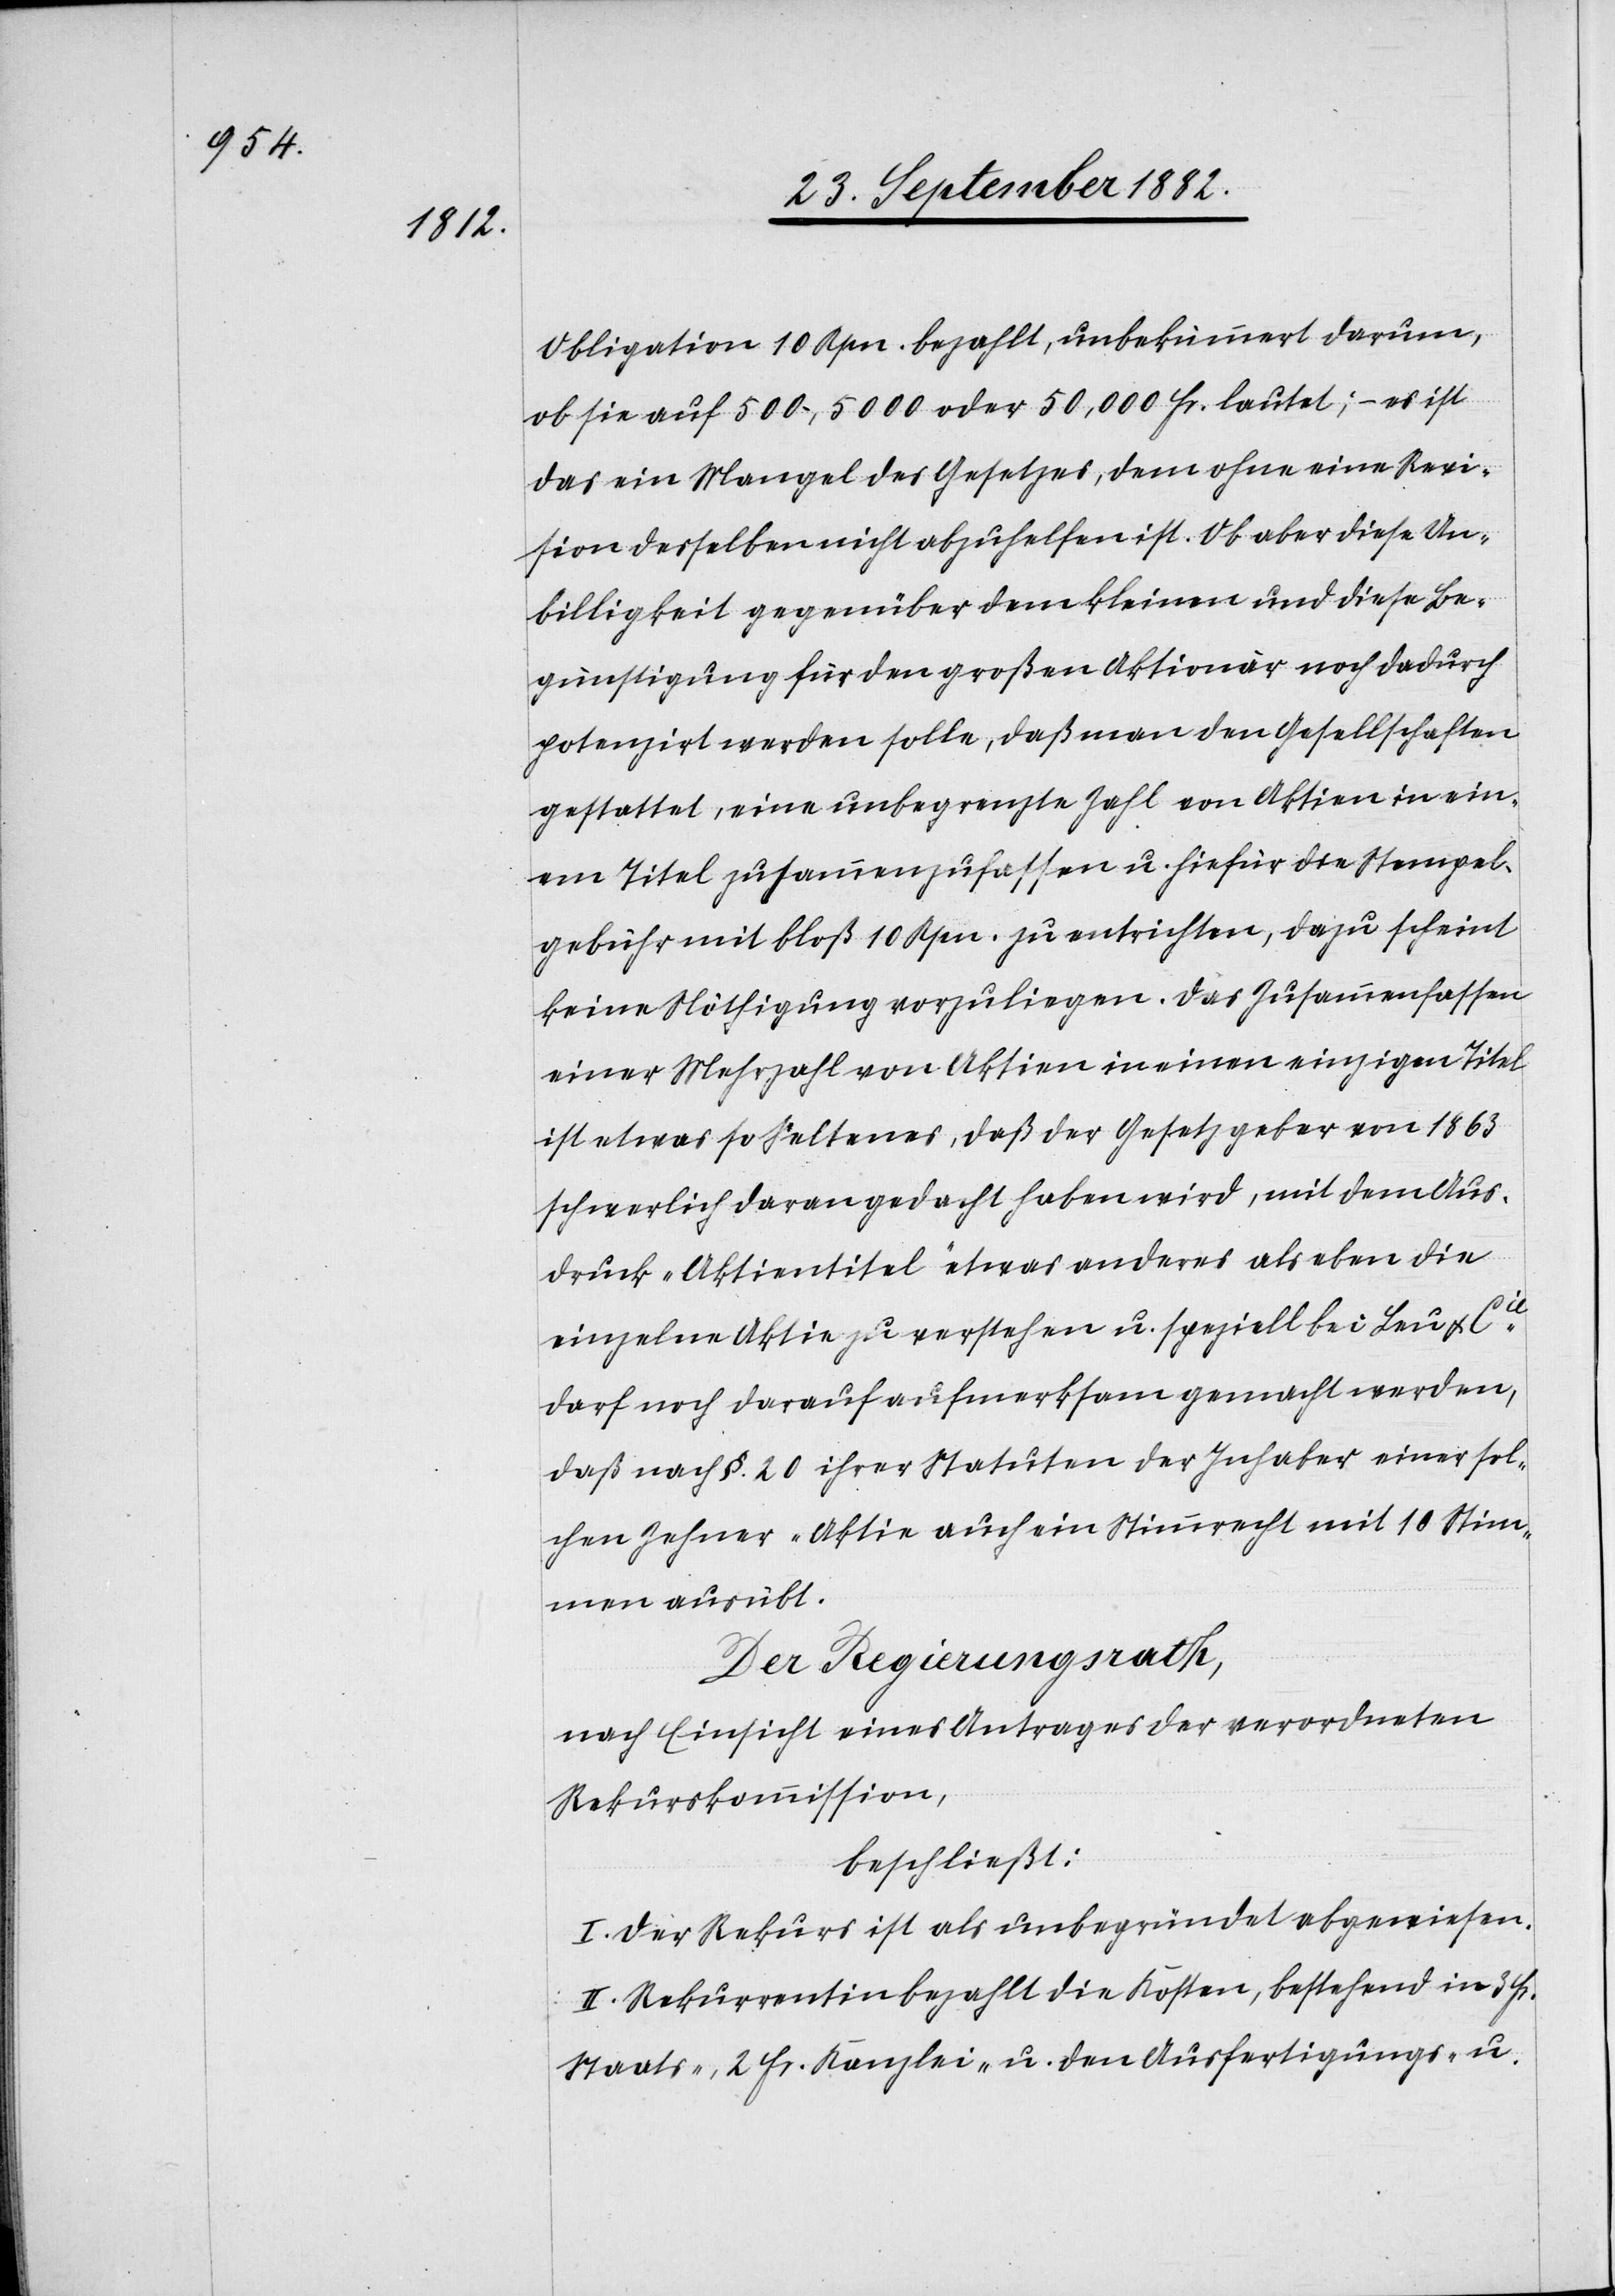
Obligation 10 Rpn. bezahlt, unbekümmert darum,
ob sie auf 500, 5000 oder 50,000 Fr. lautet; – es ist
das ein Mangel des Gesetzes, dem ohne eine Revi¬
sion desselben nicht abzuhelfen ist. Ob aber diese Un¬
billigkeit gegenüber dem kleinen und diese Be¬
günstigung für den großen Aktionär noch dadurch
potenzirt werden solle, daß man den Gesellschaften
gestattet, eine unbegrenzte Zahl von Aktien in ein¬
em Titel zusammenzufassen u. hiefür die Stempel¬
gebühr mit bloß 10 Rpn. zu entrichten, dazu scheint
keine Nöthigung vorzuliegen. das Zusammenfassen
einer Mehrzahl von Aktien in einen einzigen Titel
ist etwas so Seltenes, daß der Gesetzgeber von 1863
schwerlich daran gedacht haben wird, mit dem Aus¬
druck „Aktientitel“ etwas anderes als eben die
einzelne Aktie zu verstehen u. speziell bei Leu & Cie
darf noch darauf aufmerksam gemacht werden,
daß nach §. 20 ihrer Statuten der Inhaber einer sol¬
chen Zehner-Aktie auch ein Stimmrecht mit 10 Stim¬
men ausübt.
Der Regierungsrath;
nach Einsicht eines Antrages der verordneten
Rekurskommission,
beschließt:
I. Der Rekurs ist als unbegründet abgewiesen.
II. Rekurrentin bezahlt die Kosten, bestehend in 3 Fr.
Staats-, 2 Fr. Kanzlei- u. den Ausfertigungs- u.